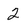
Character: 2